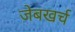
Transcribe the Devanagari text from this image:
जेबखर्च